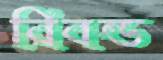
রিবন্ড